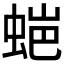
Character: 𮔌